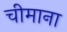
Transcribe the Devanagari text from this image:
चीमाना